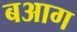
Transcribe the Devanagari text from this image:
बआग